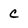
Character: c